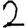
Digit: 2